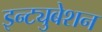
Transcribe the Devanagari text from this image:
इन्ट्युबेशन